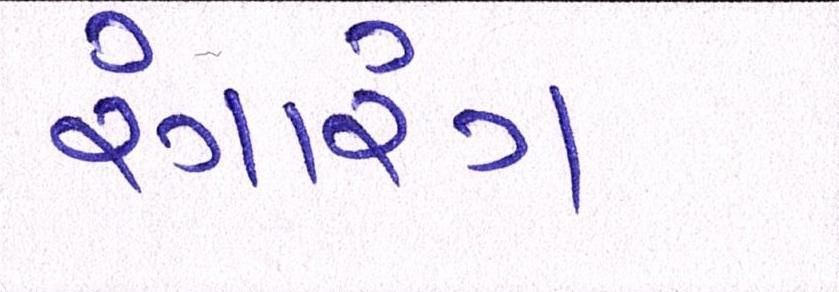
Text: રંગારંગ